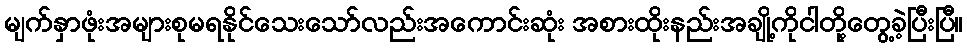
မျက်နှာဖုံးအများစုမရနိုင်သေးသော်လည်းအကောင်းဆုံး အစားထိုးနည်းအချို့ကိုငါတို့တွေ့ခဲ့ပြီးပြီ။